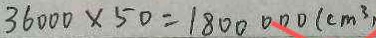
3 6 0 0 0 \times 5 0 = 1 8 0 0 0 0 0 ( c m ^ { 3 } )